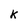
Character: k